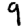
Digit: 9